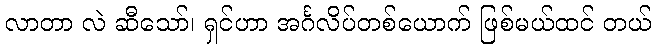
လာတာ လဲ ဆီသော်၊ ရှင်ဟာ အင်္ဂလိပ်တစ်ယောက် ဖြစ်မယ်ထင် တယ်